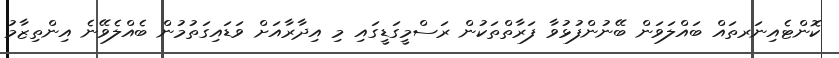
ކޮންޓެއިނަރތައް ބައްލަވަން ބޭނުންފުޅުވާ ފަރާތްތަކުން ރަސްމީގަޑީގައި މި އިދާރާއަށް ވަޑައިގަތުމުން ބެއްލެވޭނެ އިންތިޒާމު